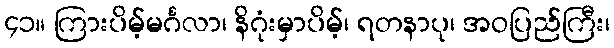
၄၁။ ကြားပိမ့်မင်္ဂလာ၊ နိဂုံးမှာပိမ့်၊ ရတနာပု၊ အဝပြည်ကြီး၊